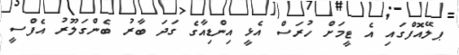
ޕލޭއޮފްގައި އެ ޓީމަށް ހުރަސް އެޅީ އިންޑިއާގެ ގަދަ ބާރު ބެންގަލޫރު އެފްސީ